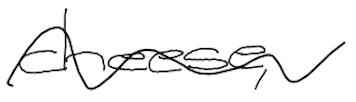
Text: cheese,
Cross-out: wave
Writing tool: digital_black